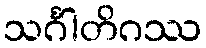
သင်္ဂါတိဂဿ